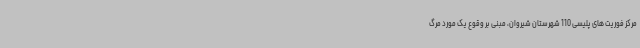
مرکز فوریت های پلیسی 110 شهرستان شیروان، مبنی بر وقوع یک مورد مرگ